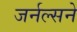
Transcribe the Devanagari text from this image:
जर्नल्सने